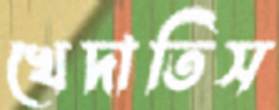
খেদাতিস